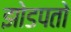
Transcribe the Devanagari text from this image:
झोडपतो